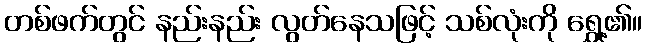
တစ်ဖက်တွင် နည်းနည်း လွတ်နေသဖြင့် သစ်လုံးကို ရွှေ့၏။